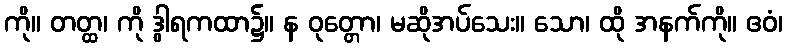
ကို။ တတ္ထ၊ ကို ဒွါရကထာ၌။ န ဝုတ္တော၊ မဆိုအပ်သေး။ သော၊ ထို အနက်ကို။ ဧဝံ၊